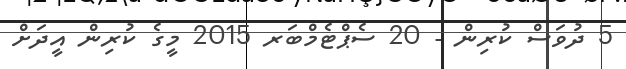
5 ދުވަސް ކުރިން - 20 ސެޕްޓެމްބަރ 2015 މީގެ ކުރިން އީދަށް